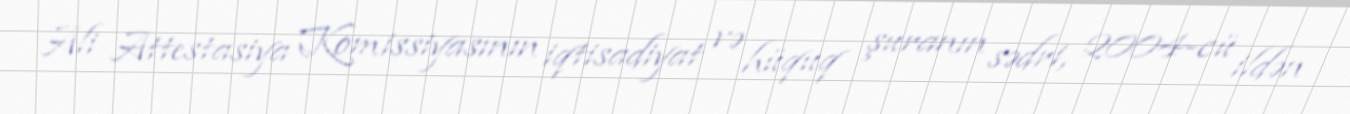
Ali Attestasiya Komissiyasının iqtisadiyat və hüquq şuranın sədri, 2004-cü ildən